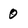
Character: 0